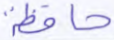
حافظة